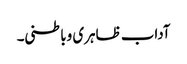
آداب ظاہری وباطنی۔